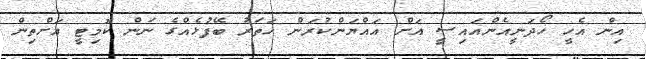
އިން އެހީ ހޯދަނީއެންއައިސީ އަށް އައްޔަންކުރަން ހަތަރު ބޭފުޅެއްގެ ނަން ކޮމިޓީ އަށްތިން